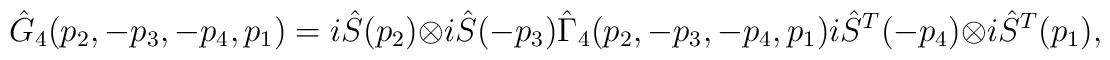
\hat{G}_4(p_2, -p_3, -p_4, p_1)=i\hat{S}(p_2)\otimes i\hat{S}(-p_3)\hat{\Gamma}_4(p_2, -p_3, -p_4, p_1)i\hat{S}^T(-p_4)\otimes i\hat{S}^T(p_1),